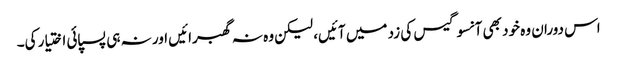
اس دوران وہ خود بھی آنسو گیس کی زد میں آئیں، لیکن وہ نہ گھبرائیں اور نہ ہی پسپائی اختیار کی۔